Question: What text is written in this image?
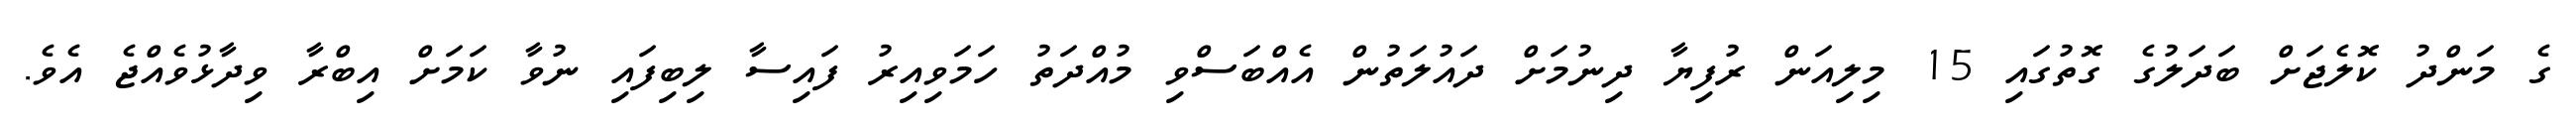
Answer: ގެ މަންދު ކޮލެޖަށް ބަދަލުގެ ގޮތުގައި 15 މިލިއަން ރުފިޔާ ދިނުމަށް ދައުލަތުން އެއްބަސްވި މުއްދަތު ހަމަވިއިރު ފައިސާ ލިބިފައި ނުވާ ކަމަށް އިބްރާ ވިދާޅުވެއްޖެ އެވެ.